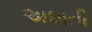
અઘાતી